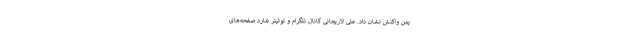
یمن واکنش نشان داد. علی لاریجانی کانال تلگرام و توئیتر ندارد صفحه‌های